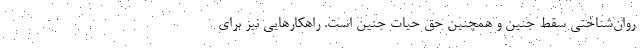
روان‌شناختی سقط جنین و همچنین حق حیات جنین است. راهکارهایی نیز برای